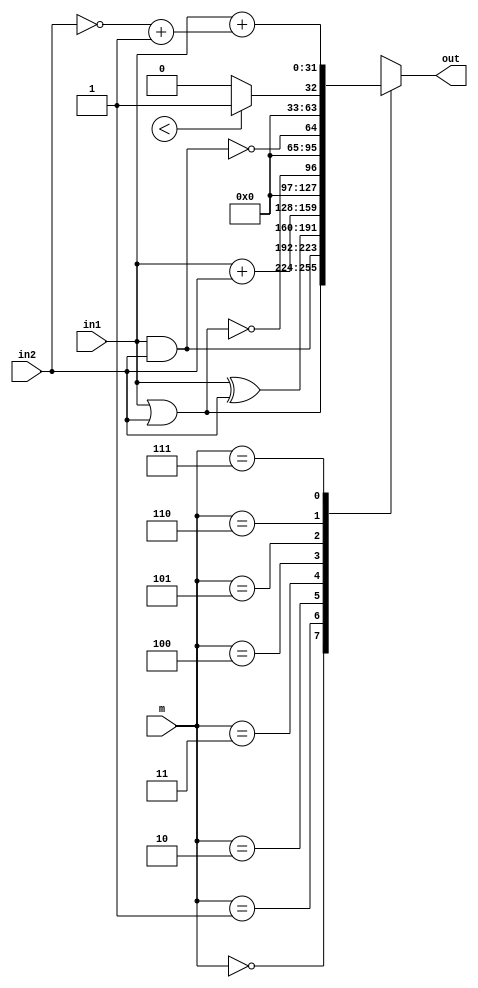
module ALU(m ,in1,in2,out);
    input [2:0] m;
    input [31:0] in1,in2;
    reg [31:0] o;
    output reg [31:0] out;
    always@(*) begin
        case(m)
            0:out=in1 | in2;
            3'b001:out=in1 & in2;
            2: out=in1^in2;
            3: out=in1+in2;
            4: out= !(in1 | in2);
            5: out=!(in1 & in2);
            6:out= A<B ?1'b1:1'b0;
            7:begin
                o=~in2+1;
                out=in1+o;
            end
        endcase
    end
endmodule